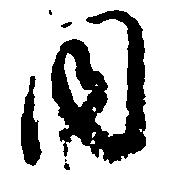
同